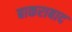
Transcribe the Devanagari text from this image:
बाकराबाद